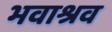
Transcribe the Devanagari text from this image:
भवाश्रव